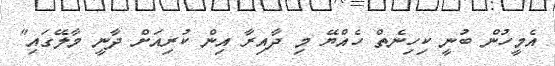
އެމީހުން ބުނީ ކިހިނެތް ހެއްޔޭ މި ދާއިރާ އިން ކުރިއަށް ދާނީ މާލޭގައި"